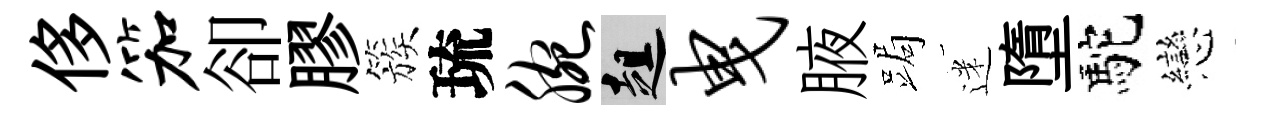
侈笳卻膠簇琉腕趄曳腋跼迷墮駝戀